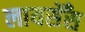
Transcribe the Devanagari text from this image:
लायसेँस